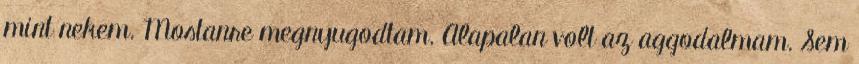
mint nekem. Mostanre megnyugodtam. Alapalan volt az aggodalmam. Sem